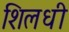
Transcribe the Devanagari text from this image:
शिलधी